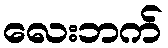
လေးဘက်